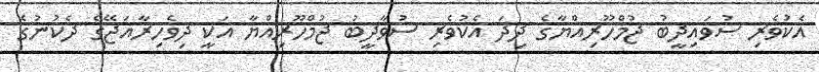
އެކުވެރި ސުވައިދީބު ޖުމްހޫރިއްޔާގެ ދިދަ އެކުވެރި ސުވާދީބު ޖުމްހޫރިއްޔާ އަކީ ދިވެހިރާއަޖޭގެ ދެކުނުގެ